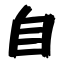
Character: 自